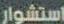
استشوار